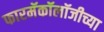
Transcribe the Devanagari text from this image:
फारमॅकॉलॉजीच्या